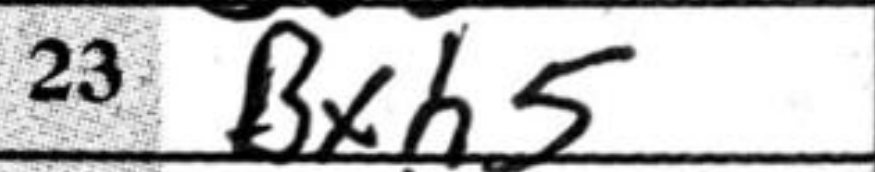
Transcription: Bxh5